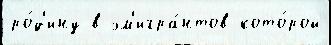
ро́д'ину в эм'игра́нтов кото́рой